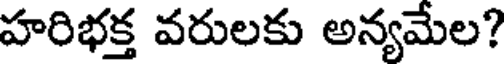
హరిభక్త వరులకు అన్యమేల?